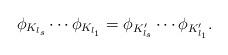
LaTeX: \begin{align*}\phi_{K_{l_s}} \cdots \phi_{K_{l_1}} = \phi_{K_{l_s}'} \cdots \phi_{K_{l_1}'}.\end{align*}